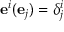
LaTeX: \mathbf { e } ^ { i } ( \mathbf { e } _ { j } ) = \delta _ { j } ^ { i }